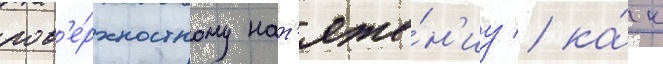
пов'е́рхностному нат'яже́н'иу / ка́к